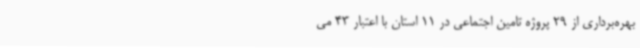
بهره‌برداری از 29 پروژه تامین اجتماعی در 11 استان با اعتبار 43 می